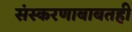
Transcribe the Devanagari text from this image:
संस्करणाबाबतही